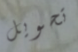
تحويل